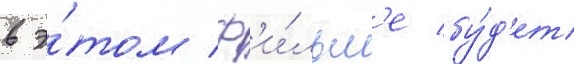
в э́том ф'и́льм'е бу́д'ет